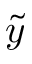
\tilde { y }